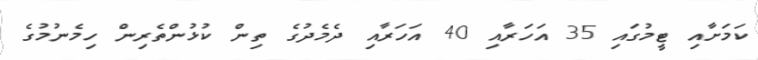
ކަމަށާއި ޓީމުގައި 35 އަހަރާއި 40 އަހަރާއި ދެމެދުގެ ތިން ކުޅުންތެރިން ހިމެނުމުގެ